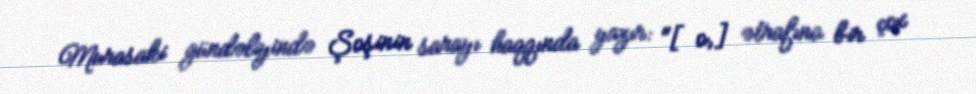
Murasaki gündəliyində Şoşinin sarayı haqqında yazır: "[o,] ətrafına bir çox